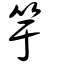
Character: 竽